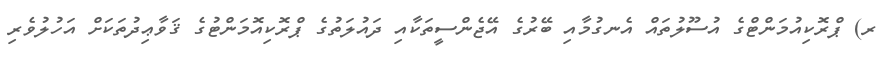
ރ) ޕްރޮކިއުމަންޓްގެ އުސޫލުތައް އެނގުމާއި ބޭރުގެ އޭޖެންސީތަކާއި ދައުލަތުގެ ޕްރޮކިއޮމަންޓުގެ ޤަވާޢިދުތަކަށް އަހުލުވެރި